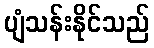
ပျံသန်းနိုင်သည်